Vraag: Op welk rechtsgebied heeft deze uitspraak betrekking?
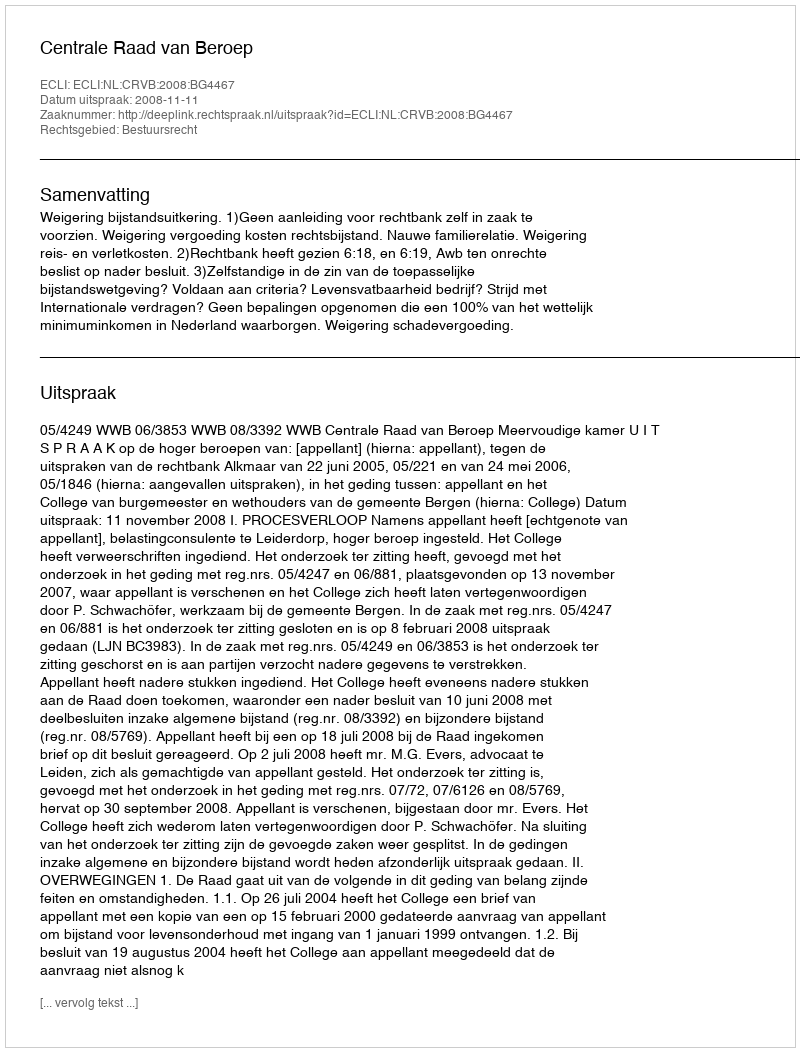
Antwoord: Bestuursrecht